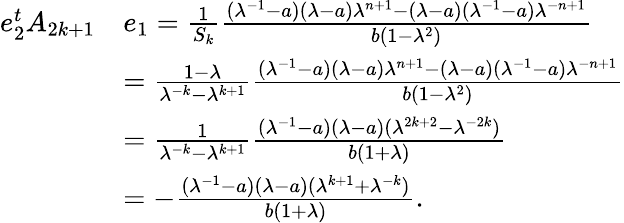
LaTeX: \begin{array}{rl}{e_{2}^{t}A_{2k+1}}&{e_{1}=\frac{1}{S_{k}}\frac{(\lambda^{-1}-a)(\lambda-a)\lambda^{n+1}-(\lambda-a)(\lambda^{-1}-a)\lambda^{-n+1}}{b(1-\lambda^{2})}}\\ &{=\frac{1-\lambda}{\lambda^{-k}-\lambda^{k+1}}\frac{(\lambda^{-1}-a)(\lambda-a)\lambda^{n+1}-(\lambda-a)(\lambda^{-1}-a)\lambda^{-n+1}}{b(1-\lambda^{2})}}\\ &{=\frac{1}{\lambda^{-k}-\lambda^{k+1}}\frac{(\lambda^{-1}-a)(\lambda-a)(\lambda^{2k+2}-\lambda^{-2k})}{b(1+\lambda)}}\\ &{=-\frac{(\lambda^{-1}-a)(\lambda-a)(\lambda^{k+1}+\lambda^{-k})}{b(1+\lambda)}.}\end{array}